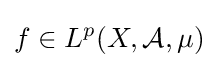
f\in L^{p}(X,{\mathcal {A}},\mu )